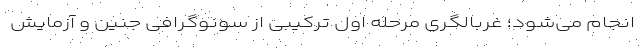
انجام می‌شود؛ غربالگری مرحله اول ترکیبی از سونوگرافی جنین و آزمایش